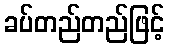
ခပ်တည်တည်ဖြင့်